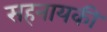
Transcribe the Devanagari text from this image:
सहनायकी